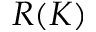
R ( K )